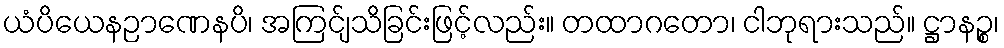
ယံပိယေနဉာဏေနပိ၊ အကြင်ျသိခြင်းဖြင့်လည်း။ တထာဂတော၊ ငါဘုရားသည်။ ဋ္ဌာနဉ္စ၊